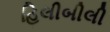
હિલીબીલી